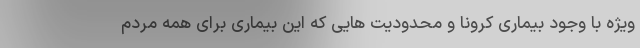
ویژه با وجود بیماری کرونا و محدودیت هایی که این بیماری برای همه مردم